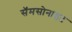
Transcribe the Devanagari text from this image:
सॅमसोनाइट